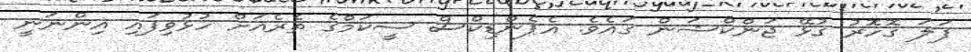
ފަލަ ގޮހޮރު ގުޅޭ ޖަންކްޝަން ގައެވެ. އެޕެންޑިކްސް ސީކަމްގެ ތެރެއަށް ހުޅުވިފައި އިންނަނީ